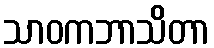
သာဝကဘာသိတာ